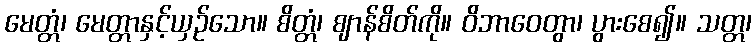
မေတ္တံ၊ မေတ္တာနှင့်ယှဉ်သော။ စိတ္တံ၊ ဈာန်စိတ်ကို။ ဝိဘာဝေတွာ၊ ပွားစေ၍။ သတ္တ၊